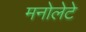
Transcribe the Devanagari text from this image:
मनोलेटे